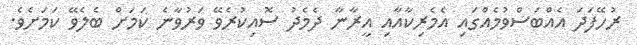
ރުހޭފަދަ އެއްބަސްވުމެއްގައި އެމެރިކާއާއި އީރާނާ ދެމެދު ސޮއިކުރެވޭ ވަރުވާނެ ކަމަށް ބެލެވޭ ކަމަށެވެ.